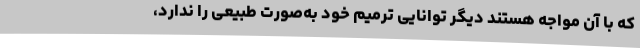
که با آن مواجه هستند دیگر توانایی ترمیم خود به‌صورت طبیعی را ندارد،